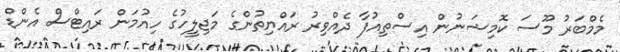
މެމްބަރު މޫސަ ކޮމިޝަނުން އިސްތިއުފާ ދެއްވިރު ރައްޔިތުންގެ މަޖިލީހުގެ ހިއުމަން ރައިޓްސް އެންޑް